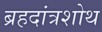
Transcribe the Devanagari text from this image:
ब्रहदांत्रशोथ